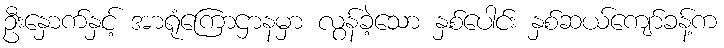
ဦးနှောက်နှင့် အာရုံကြောဌာနမှာ လွန်ခဲ့သော နှစ်ပေါင်း နှစ်ဆယ်ကျော်ခန့်က